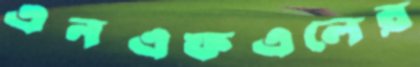
এনএফএলের